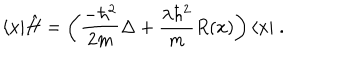
LaTeX: \langle x | \hat { H } = \left( \frac { - \hbar ^ { 2 } } { 2 m } \Delta + \frac { \lambda \hbar ^ { 2 } } { m } R ( x ) \right) \langle x | \; .